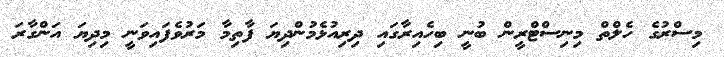
މިސްރުގެ ހެލްތް މިނިސްޓްރީން ބުނީ ބިހެއިރާގައި ދިރިއުޅެމުންދިޔަ ފާތިމާ މަރުވެފައިވަނީ މިދިޔަ އަންގާރަ